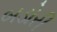
બડોરી